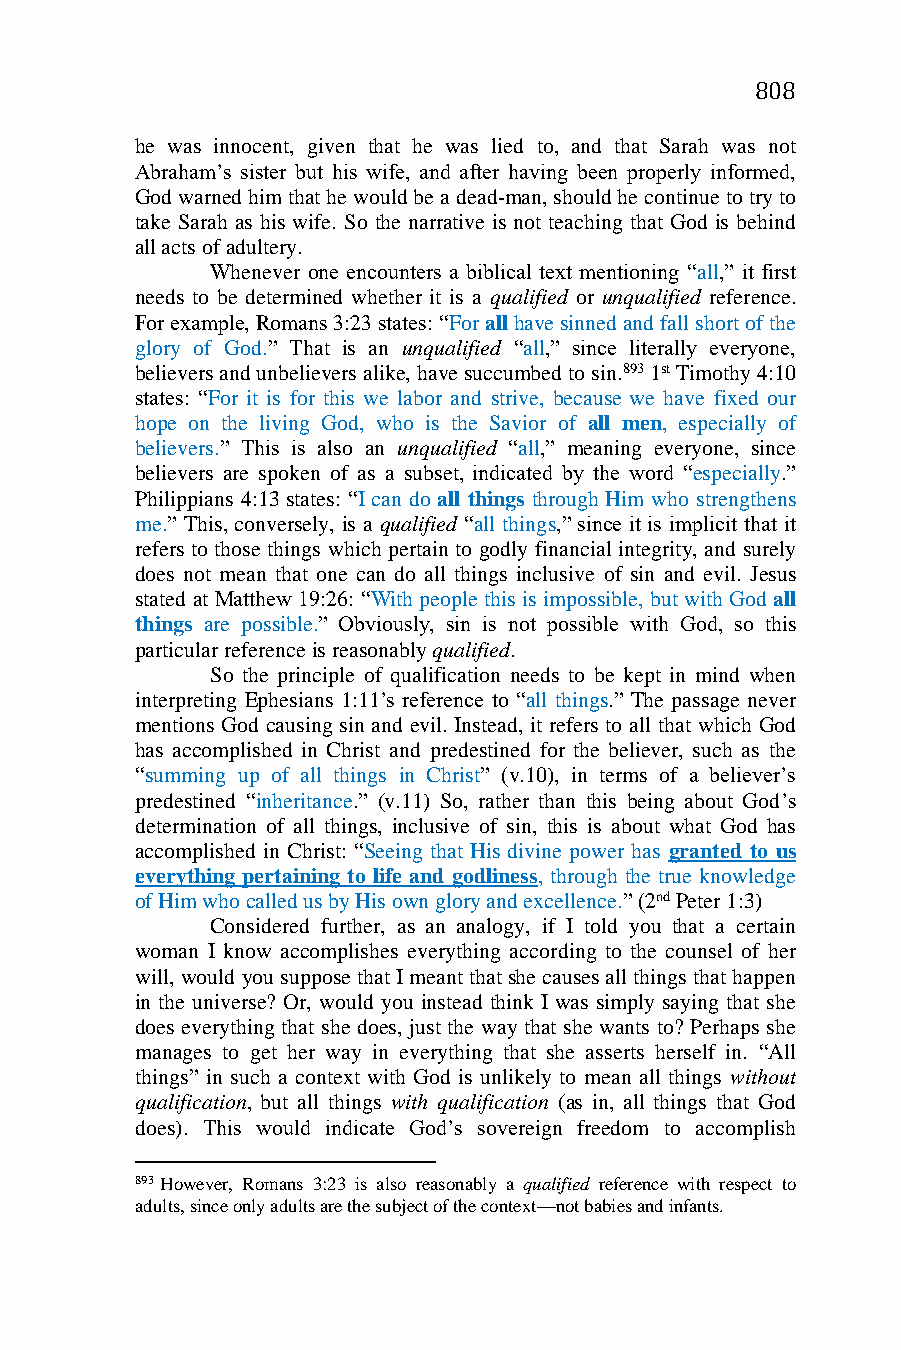
808
 he was innocent, given that he was lied to, and that Sarah was not
 Abraham’s sister but his wife, and after having been properly informed,
 God warned him that he would be a dead-man, should he continue to try to
 take Sarah as his wife. So the narrative is not teaching that God is behind
 all acts of adultery.
 Whenever one encounters a biblical text mentioning “all,” it first
 needs to be determined whether it is a qualified or unqualified reference.
 For example, Romans 3:23 states: “For all have sinned and fall short of the
 glory of God.” That is an unqualified “all,” since literally everyone,
 believers and unbelievers alike, have succumbed to sin.893 1st Timothy 4:10
 states: “For it is for this we labor and strive, because we have fixed our
 hope on the living God, who is the Savior of all men, especially of
 believers.” This is also an unqualified “all,” meaning everyone, since
 believers are spoken of as a subset, indicated by the word “especially.”
 Philippians 4:13 states: “I can do all things through Him who strengthens
 me.” This, conversely, is a qualified “all things,” since it is implicit that it
 refers to those things which pertain to godly financial integrity, and surely
 does not mean that one can do all things inclusive of sin and evil. Jesus
 stated at Matthew 19:26: “With people this is impossible, but with God all
 things are possible.” Obviously, sin is not possible with God, so this
 particular reference is reasonably qualified.
 So the principle of qualification needs to be kept in mind when
 interpreting Ephesians 1:11’s reference to “all things.” The passage never
 mentions God causing sin and evil. Instead, it refers to all that which God
 has accomplished in Christ and predestined for the believer, such as the
 “summing up of all things in Christ” (v.10), in terms of a believer’s
 predestined “inheritance.” (v.11) So, rather than this being about God’s
 determination of all things, inclusive of sin, this is about what God has
 accomplished in Christ: “Seeing that His divine power has granted to us
 everything pertaining to life and godliness, through the true knowledge
 of Him who called us by His own glory and excellence.” (2nd Peter 1:3)
 Considered further, as an analogy, if I told you that a certain
 woman I know accomplishes everything according to the counsel of her
 will, would you suppose that I meant that she causes all things that happen
 in the universe? Or, would you instead think I was simply saying that she
 does everything that she does, just the way that she wants to? Perhaps she
 manages to get her way in everything that she asserts herself in. “All
 things” in such a context with God is unlikely to mean all things without
 qualification, but all things with qualification (as in, all things that God
 does). This would indicate God’s sovereign freedom to accomplish
 893 However, Romans 3:23 is also reasonably a qualified reference with respect to
 adults, since only adults are the subject of the context—not babies and infants.